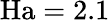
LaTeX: \mathrm{Ha}=2.1